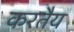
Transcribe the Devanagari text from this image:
करतैय